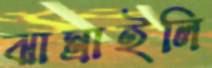
ঝাম্‌রাইলি